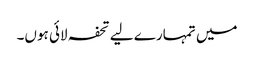
میں تمہارے لیے تحفہ لائی ہوں۔